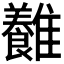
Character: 𩁥